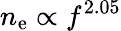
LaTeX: n_{\mathrm{e}}\propto f^{2.05}